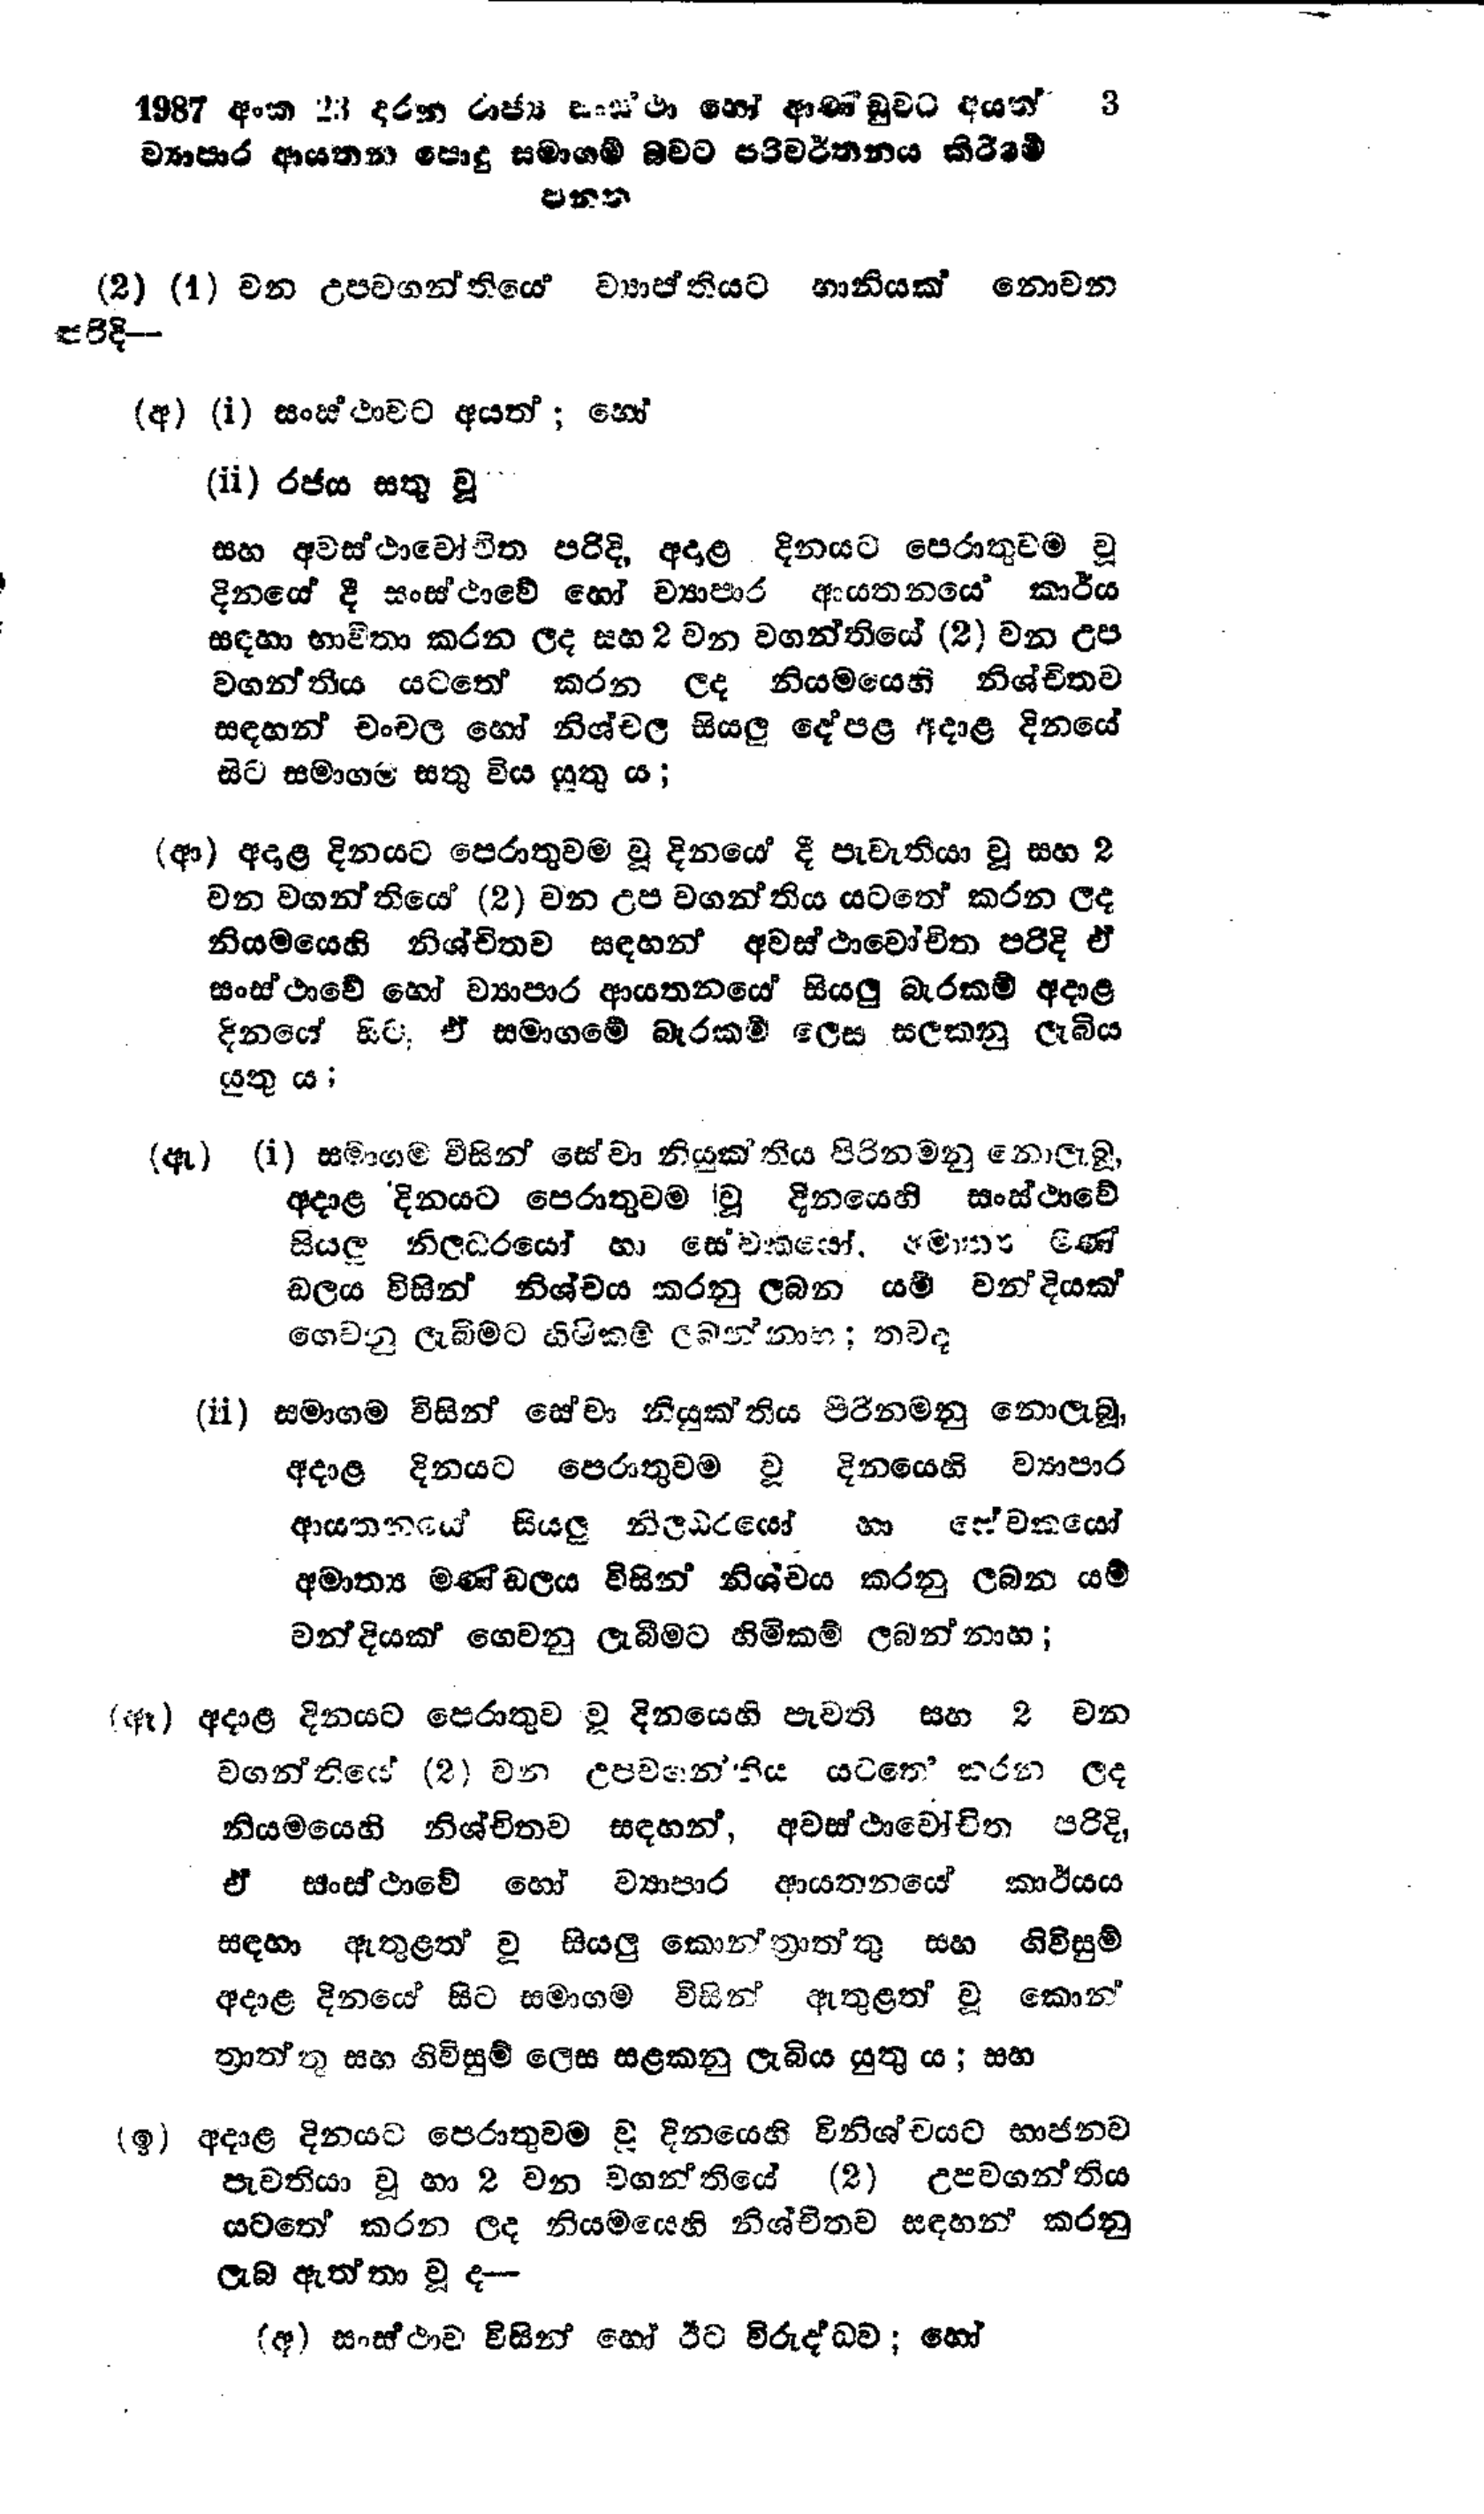
1987 අංක 23 දරන රාජ්‍ය සංස්ථා හෝ ආණ්ඩුවට අයත්   3
ව්‍යාපාර ආයතන පොදු සමාගම් බවට පරිවර්තනය කිරීමේ
පනත

(2) (1) වන උපවගන්ති‍යේ ව්‍යාප්තියට හානියක් නොවන
පරිදි -

(අ) (i) සංස්ථාවට අයත් ; හෝ

(ii) රජය සතු වූ

සහ අවස්ථාවෝචිත පරිදි, අදාළ දිනයට පෙරාතුවම වූ
දිනයේ දී සංස්ථාවේ හෝ ව්‍යාපාර ආයතනයේ කාර්ය
සඳහා භාවිතා කරන ලද සහ 2 වන වගන්තියේ (2) වන උප
වගන්තිය යටතේ කරන ලද නියමයෙහි නිශ්චිතව
සඳහන් චංචල හෝ නිශ්චල සියලු දේපළ අදාළ දිනයේ
සිට සමාගම සතු විය යුතු ය;

(ආ) අදාළ දිනයට පෙරාතුවම වූ දිනයේ දී පැවැතියා වූ සහ 2
වන වගන්තියේ (2) වන උප වගන්තිය යටතේ කරන ලද
නියමයෙහි නිශ්චිතව සඳහන් අවස්ථාවෝචිත පරිදි ඒ
සංස්ථාවේ හෝ ව්‍යාපාර ආයතනයේ සියලු බැරකම් අදාළ
දිනයේ සිට ඒ සමාගමේ බැරකම් ලෙස සලකනු ලැබිය
යුතු ය;

(ඇ) (i) සමාගම විසින් සේවා නියුක්තිය පිරිනමනු නොලැබූ,
අදාළ දිනයට පෙරාතුවම වූ දිනයෙහි සංස්ථාවේ
සියලු නිලධරයෝ හා සේවකයෝ. අමාත්‍ය මණ්
ඩලය විසින් නිශ්චය කරනු ලබන යම් වන්දියක්
ගෙවනු ලැබිමට හිමිකම් ලබන්නාහ; තවද

(ii) සමාගම විසින් සේවා නියුක්තිය පිරිනමනු නොලැබූ,
අදාළ දිනයට පෙරාතුවම වූ දිනයෙහි ව්‍යාපාර
ආයතනයේ සියලු නිලධරයෝ හා සේවකයෝ
අමාත්‍ය මණ්ඩලය විසින් නිශ්චය කරනු ලබන යම්
වන්දියක් ගෙවනු ලැබීමට හිමිකම් ලබන්නාහ;

(ඈ) අදාළ දිනයට පෙරාතුව වූ දිනයෙහි පැවති සහ 2 වන
වගන්තියේ (2) වන උපවගන්තිය යටතේ කරන ලද
නියමයෙහි නිශ්චිතව සඳහන්, අවස්ථාවෝචිත පරිදි,
ඒ සංස්ථාවේ හෝ ව්‍යාපාර ආයතනයේ කාර්යය
සඳහා ඇතුළත් වූ සියලු කොන්ත්‍රාත්තු සහ ගිවිසුම්
අදාළ දිනයේ සිට සමාගම විසින් ඇතුළත් වූ කොන්
ත්‍රාත්තු සහ ගිවිසුම් ලෙස සළකනු ලැබිය යුතු ය; සහ

(ඉ) අදාළ දිනයට පෙරාතුවම වූ දිනයෙහි විනිශ්චයට භාජනව
පැවතියා වූ හා 2 වන වගන්තියේ (2) උපවගන්තිය
යටතේ කරන ලද නියමයෙහි නිශ්චිතව සඳහන් කරනු
ලැබ ඇත්තා වූ ද---

(අ) සංස්ථාව විසින් හෝ ඊට විරුද්ධව; හෝ